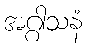
အဂ္ဂါသနံ